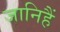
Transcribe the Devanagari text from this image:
जानिहैं